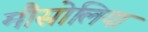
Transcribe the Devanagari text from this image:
मौसोलिया